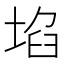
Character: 埳